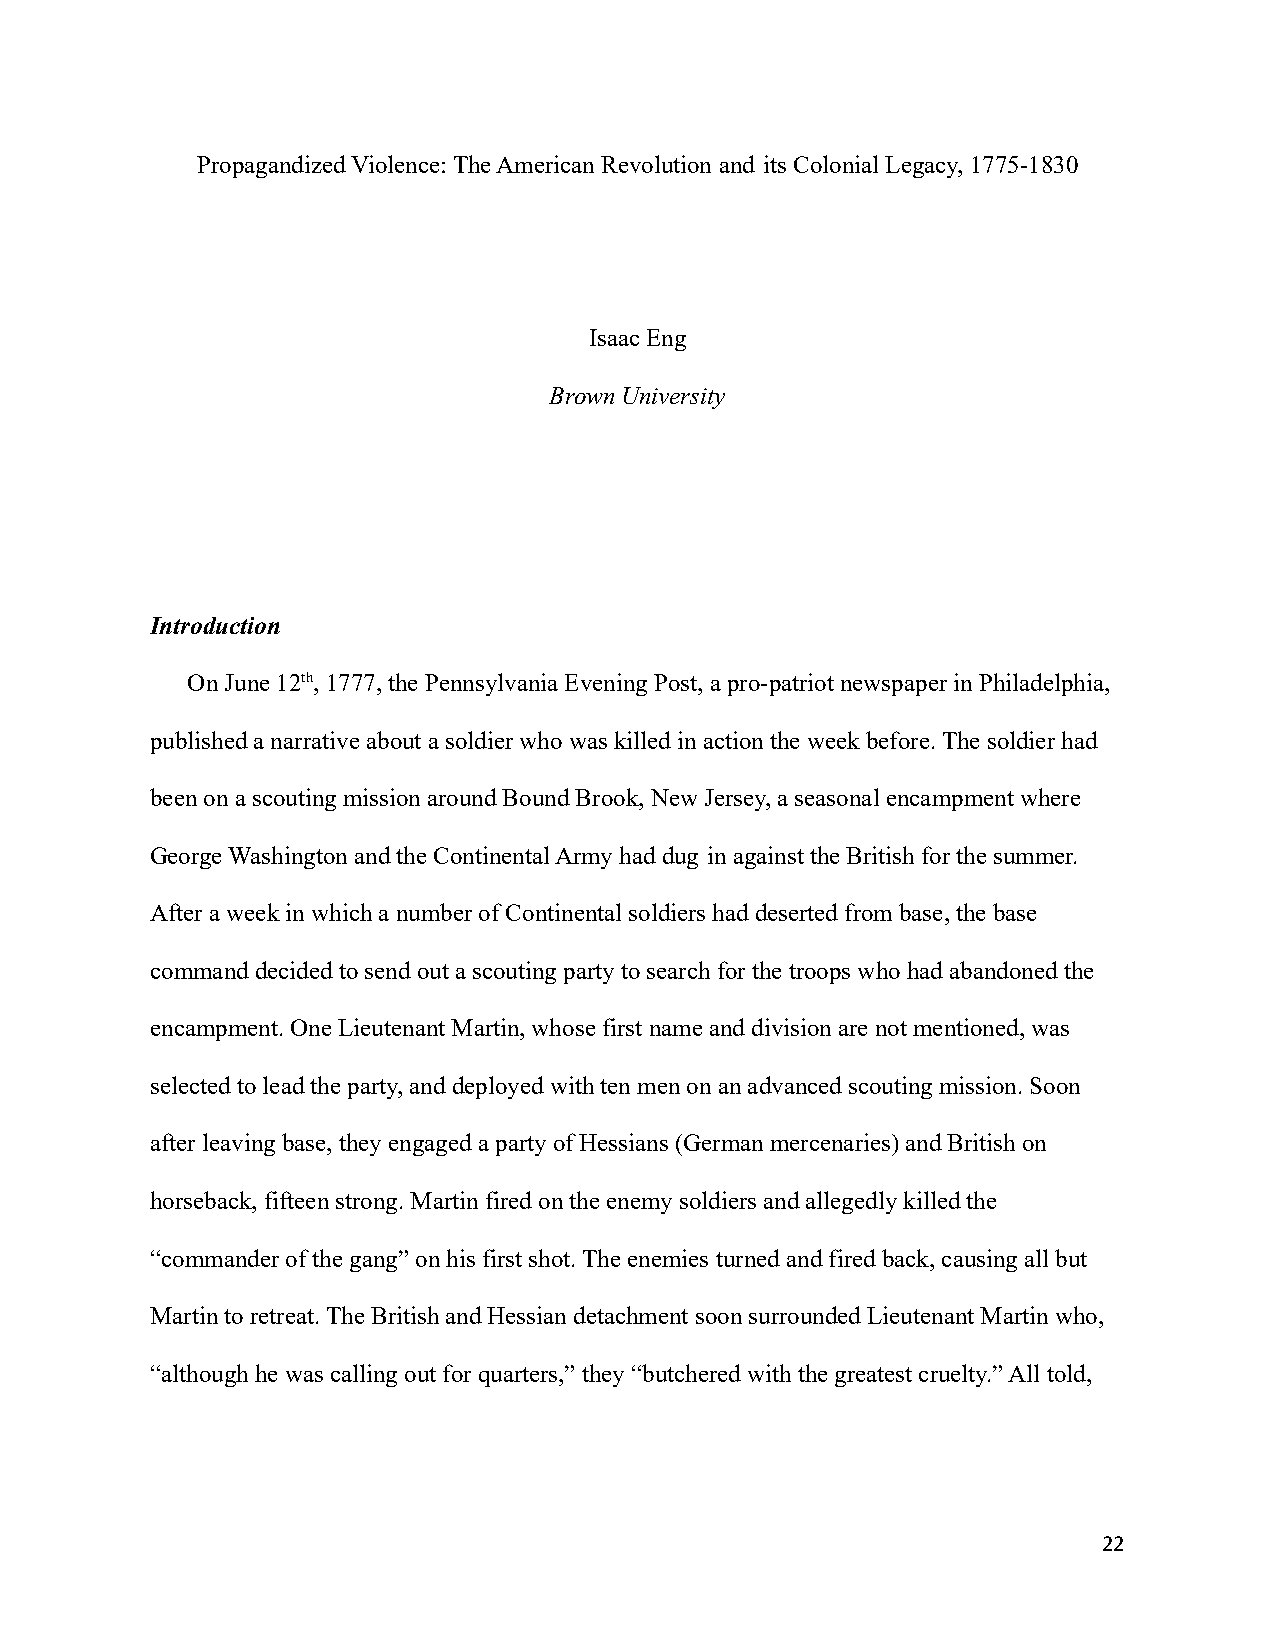
Propagandized Violence: The American Revolution and its Colonial Legacy, 1775-1830
 Isaac Eng
 Brown University
 Introduction
 On June 12th, 1777, the Pennsylvania Evening Post,a pro-patriot newspaper in Philadelphia,
 published a narrative about a soldier who was killedin action the week before. The soldier had
 been on a scouting mission around Bound Brook, NewJersey, a seasonal encampment where
 George Washington and the Continental Army had dug in against the British for the summer.
 After a week in which a number of Continental soldiershad deserted from base, the base
 command decided to send out a scouting party to searchfor the troops who had abandoned the
 encampment. One Lieutenant Martin, whose first nameand division are not mentioned, was
 selected to lead the party, and deployed with tenmen on an advanced scouting mission. Soon
 after leaving base, they engaged a party of Hessians(German mercenaries) and British on
 horseback, fifteen strong. Martin fired on the enemysoldiers and allegedly killed the
 “commander of the gang” on his first shot. The enemies turned and fired back, causing all but
 Martin to retreat. The British and Hessian detachment soon surrounded Lieutenant Martin who,
 “although he was calling out for quarters,” they “butcheredwith the greatest cruelty.” All told,
 22